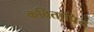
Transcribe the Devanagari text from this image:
कविताप्रिय